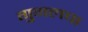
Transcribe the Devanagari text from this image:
गुगलचा